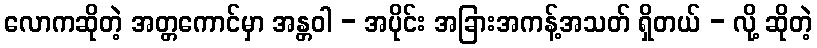
လောကဆိုတဲ့ အတ္တကောင်မှာ အန္တဝါ - အပိုင်း အခြားအကန့်အသတ် ရှိတယ် - လို့ ဆိုတဲ့